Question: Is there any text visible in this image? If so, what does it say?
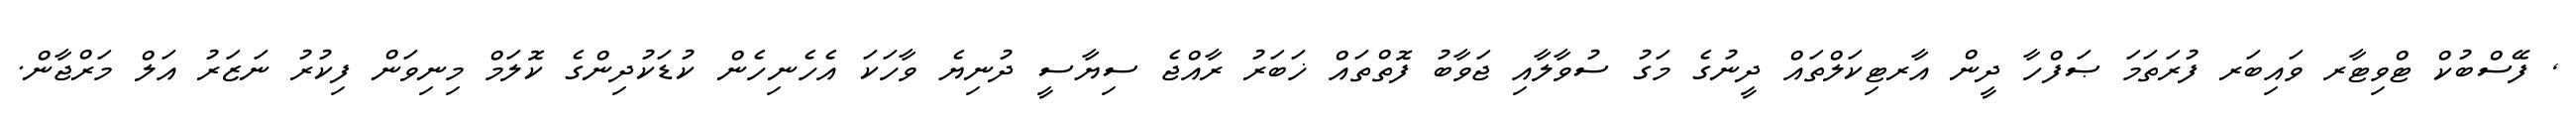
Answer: , ފޭސްބުކް ޓްވިޓާރ ވައިބަރ ފުރަތަމަ ޞަފްހާ ދީން އާރޓިކަލްތައް ދީނުގެ މަގު ސުވާލާއި ޖަވާބު ފޮތްތައް ޚަބަރު ރާއްޖެ ސިޔާސީ ދުނިޔެ ވާހަކަ އެހެނިހެން ކުޑަކުދިންގެ ކޮލަމް މިނިވަން ފިކުރު ނަޒަރު އަލް މަރްޖާން.